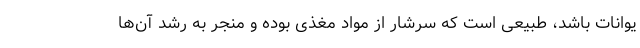
یوانات باشد، طبیعی است که سرشار از مواد مغذی بوده و منجر به رشد آن‌ها